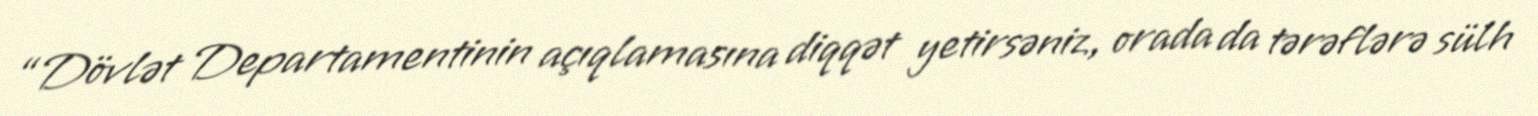
“Dövlət Departamentinin açıqlamasına diqqət yetirsəniz, orada da tərəflərə sülh